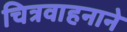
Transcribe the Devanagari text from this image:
चित्रवाहनाने